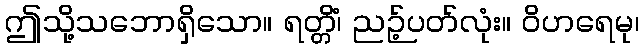
ဤသို့သဘောရှိသော။ ရတ္တိံ၊ ညဉ့်ပတ်လုံး။ ဝိဟရေမု၊